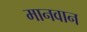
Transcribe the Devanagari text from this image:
मानवान